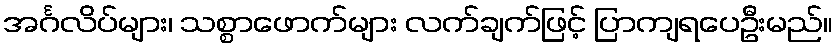
အင်္ဂလိပ်များ၊ သစ္စာဖောက်များ လက်ချက်ဖြင့် ပြာကျရပေဦးမည်။